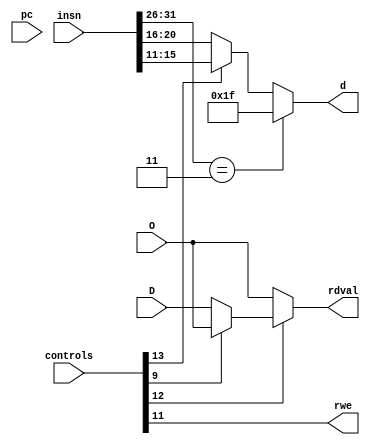
/*
	File:		writeback.v
	Authour(s):	Chris Thiele, Caleb Amlesom
	Student ID:	cwthiele, camlesom
	Date: 		July 10, 2015
*/
module writeback (
  /* INPUTS */
  input wire [31:0] pc,
  input wire [31:0] insn,
  input wire [13:0] controls,
  input wire [31:0] O,
  input wire [31:0] D,
  /* OUTPUTS */
  output wire [31:0] rdval,
  output wire rwe,
  output wire [4:0] d
);
  /* JAL OPCODE */
  parameter JAL = 6'b000011;

  wire rdst;
  wire dmenable;
  wire dmwe;

  /* CONTROL BITS */
  assign rdst = controls[13];
  assign dmenable = controls[12];
  assign rwe = controls[11];
  assign dmwe = controls[9]; 

  /* d gets the value 1f if insn is JAL, OR if insn is not JAL then if rdst is 1,
     d gets the value of rd, and if rdst is 0, it gets the value of rt */
  assign d = (insn[31:26] == JAL) ? 5'h1f : (rdst ? insn[15:11] : insn[20:16]);
  /* rdval gets the value of O if dmenable is 0, and if dmenable is 1, it gets the
	 value of O if dmwe is 1 or the value of D if dmwe is 0 */
  assign rdval = dmenable ? (dmwe ? O : D) : O; 

endmodule